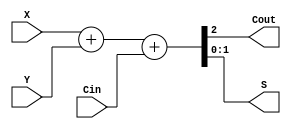
//Module description

module adder(X, Y, Cin, Cout, S);

  input [0:1] X;  //!input
  input [0:1] Y;
  input Cin;
  output reg [0:1]S;
  output reg Cout;
//always
  always @(X , Y , Cin)
  begin
    {Cout , S} = X + Y + Cin;   //!pinjie
  end
endmodule